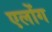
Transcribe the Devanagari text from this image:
एलोंग